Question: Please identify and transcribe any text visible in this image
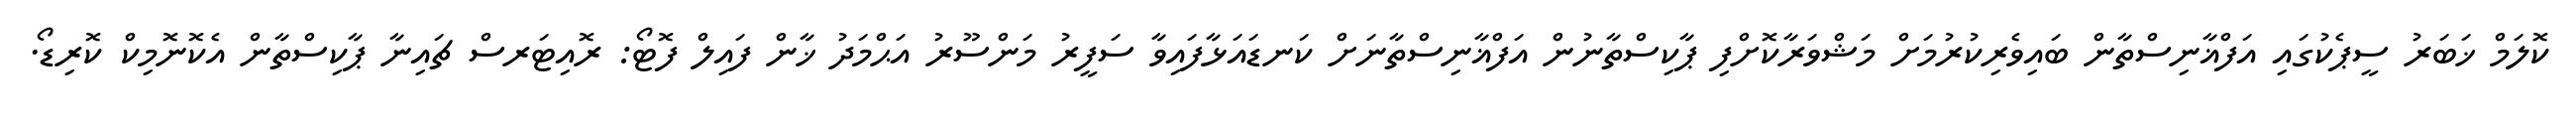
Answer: ކޮލަމް ޚަބަރު ސީޕެކުގައި އަފްޣާނިސްތާން ބައިވެރިކުރުމަށް މަޝްވަރާކޮށްފި ޕާކިސްތާނުން އަފްޣާނިސްތާނަށް ކަނޑައަޅާފައިވާ ސަފީރު މަންސޫރު އަޙްމަދު ޚާން ފައިލް ފޮޓޯ: ރޮއިޓަރސް ޗައިނާ ޕާކިސްތާން އެކޮނޮމިކް ކޮރިޑޯ.